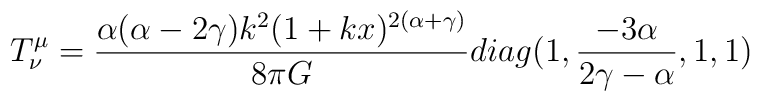
T^{\mu}_{\nu}=\frac{\alpha(\alpha-2\gamma) k^{2}(1+kx)^{2(\alpha+\gamma)}}{8\pi G}diag(1,\frac{-3\alpha}{2\gamma-\alpha},1,1)